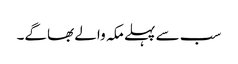
سب سے پہلے مکہ والے بھاگے۔